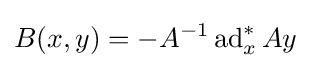
B(x,y)=-A^{-1}\operatorname {ad} _{x}^{*}Ay